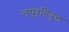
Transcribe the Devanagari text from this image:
लघुवृत्तियुक्त